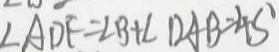
\angle A D F = \angle B + \angle D A B = 4 5 ^ { \circ }